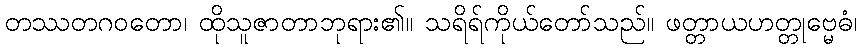
တဿတဂဝတော၊ ထိုသူဇာတာဘုရား၏။ သရိရ်ကိုယ်တော်သည်။ ဖတ္တာယဟတ္တုဗ္မေဓံ၊